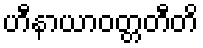
ဟီနာယာဝတ္တတီတိ